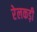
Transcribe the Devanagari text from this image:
रेलकड़ी